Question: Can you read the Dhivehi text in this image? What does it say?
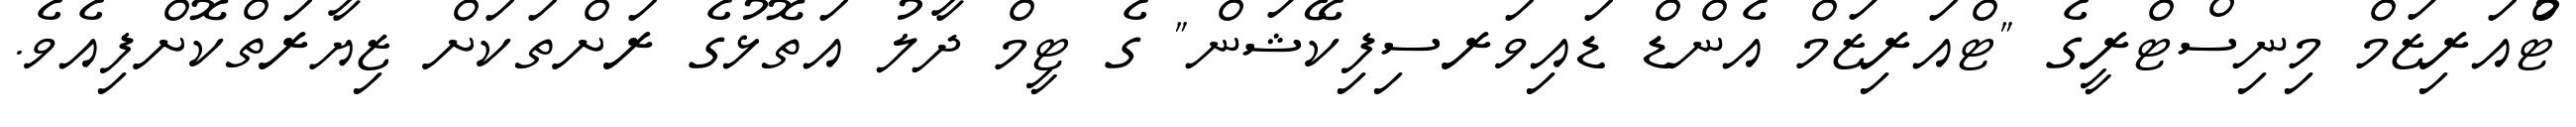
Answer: ޓްުއަރިޒަމް މިނިސްޓްރީގެ "ޓްއަރިޒަމް އެންޑް ޑައިވަރސިފިކޭޝަން" ގެ ޓީމް ދާލު އަތޮޅުގެ ރަށްތަކަށް ޒިޔާރަތްކޮށްފިއެވެ.